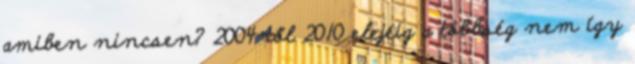
amiben nincsen? 2004-től 2010 elejéig a többség nem így